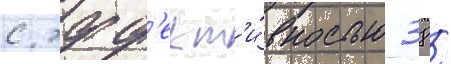
с эфф'ект'и́вностью 38 /